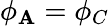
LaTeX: \phi_{\mathbf{A}}=\phi_{C}